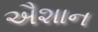
ઐશાન